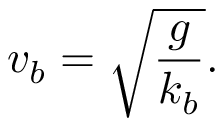
v _ { b } = \sqrt { \frac { g } { k _ { b } } } .